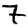
Digit: 7